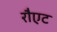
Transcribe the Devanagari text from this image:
रौएट